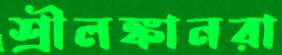
শ্রীলঙ্কানরা